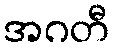
အဂတီ